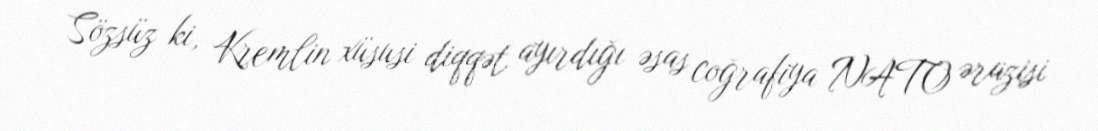
Sözsüz ki, Kremlin xüsusi diqqət ayırdığı əsas coğrafiya NATO ərazisi